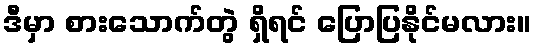
ဒီမှာ စားသောက်တွဲ ရှိရင် ပြောပြနိုင်မလား။